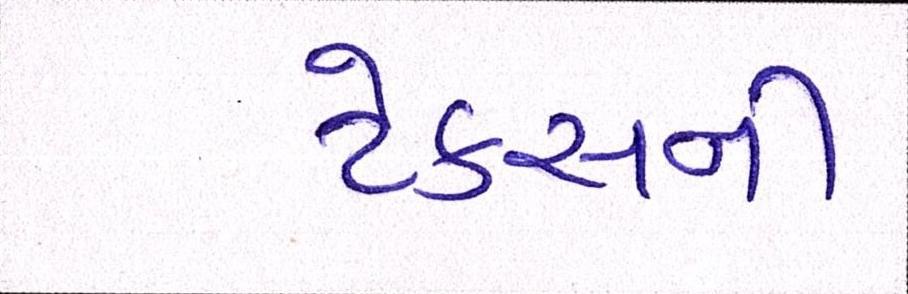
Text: ટેકસની